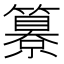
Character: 𥵺